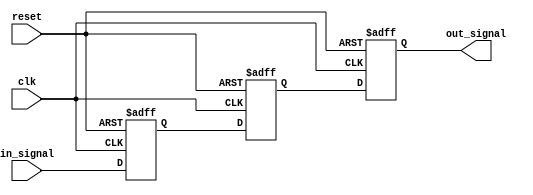
module three_flop_synchronizer (
    input wire clk,
    input wire reset,
    input wire in_signal,
    output reg out_signal
);

reg flop1;
reg flop2;
reg flop3;

always @(posedge clk or posedge reset) begin
    if (reset) begin
        flop1 <= 1'b0;
        flop2 <= 1'b0;
        flop3 <= 1'b0;
    end else begin
        flop1 <= in_signal;
        flop2 <= flop1;
        flop3 <= flop2;
    end
end

assign out_signal = flop3;

endmodule